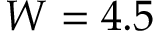
W = 4 . 5